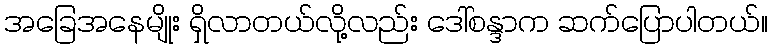
အခြေအနေမျိုး ရှိလာတယ်လို့လည်း ဒေါ်စန္ဒာက ဆက်ပြောပါတယ်။